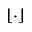
\left\lfloor \cdot \right\rfloor